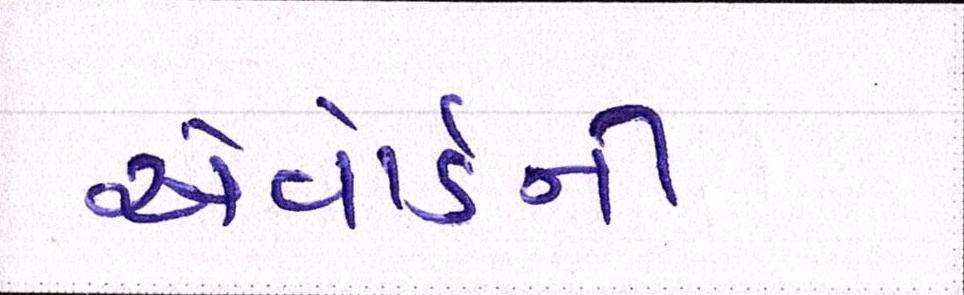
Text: એવોર્ડની